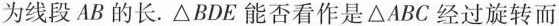
为线段AB的长. △BDE能否看作是△ABC经过旋转而